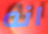
انه